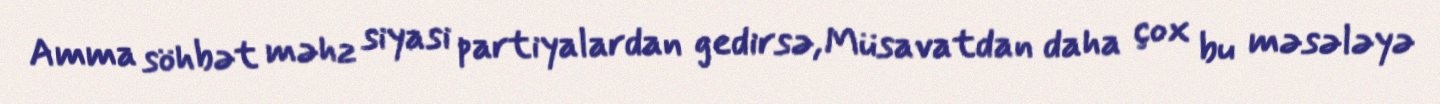
Amma söhbət məhz siyasi partiyalardan gedirsə, Müsavatdan daha çox bu məsələyə